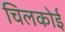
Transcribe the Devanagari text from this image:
चिलकोई